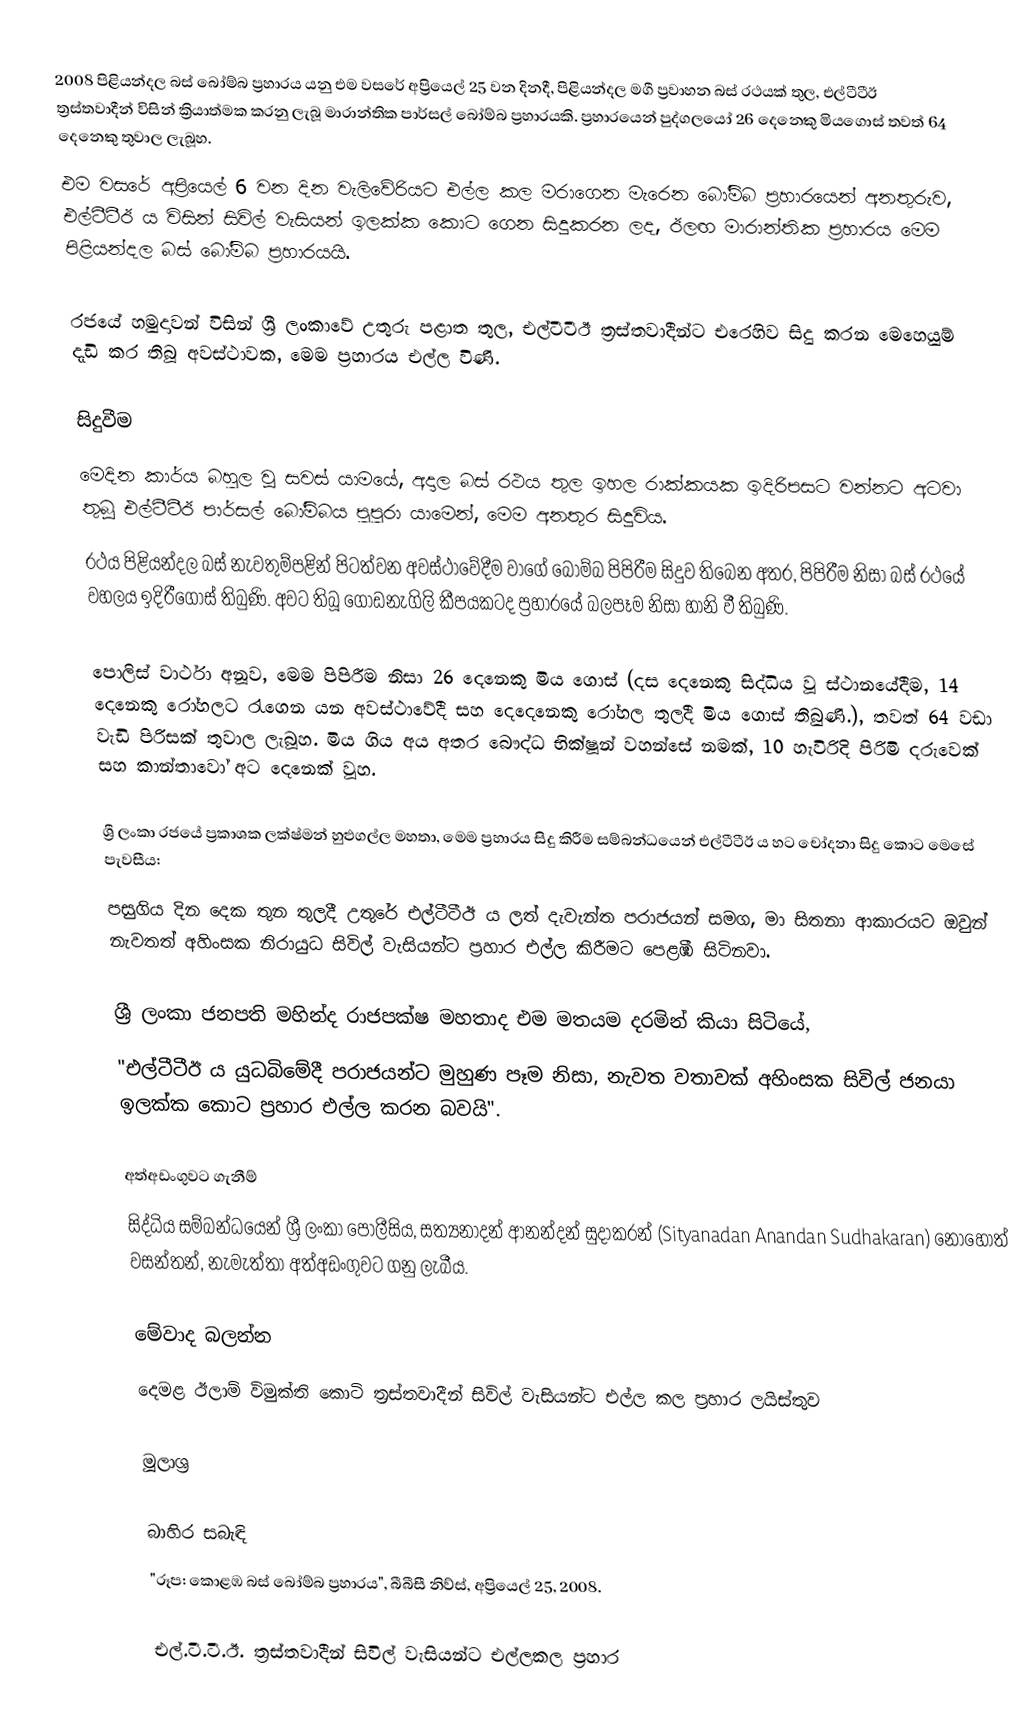
2008 පිළියන්දල බස් බෝම්බ ප්‍රහාරය යනු එම වසරේ අප්‍රියෙල් 25 වන දිනදී, පිළියන්දල මගී ප්‍රවාහන බස් රථයක් තුල, එල්ටීටීඊ ත්‍රස්තවාදීන් විසින් ක්‍රියාත්මක කරනු ලැබූ මාරාන්තික පාර්සල් බෝම්බ ප්‍රහාරයකි. ප්‍රහාරයෙන් පුද්ගලයෝ 26 දෙනෙකු මියගොස් තවත් 64 දෙනෙකු තුවාල ලැබූහ.
එම වසරේ අප්‍රියෙල් 6 වන දින වැලිවේරියට එල්ල කල මරාගෙන මැරෙන බෝම්බ ප්‍රහාරයෙන් අනතුරුව, එල්ටීටීඊ ය විසින් සිවිල් වැසියන් ඉලක්ක කොට ගෙන සිදුකරන ලද, ඊලඟ මාරාන්තික ප්‍රහාරය මෙම පිළියන්දල බස් බෝම්බ ප්‍රහාරයයි.

රජයේ හමුදාවන් විසින් ශ්‍රී ලංකාවේ උතුරු පළාත තුල, එල්ටීටීඊ ත්‍රස්තවාදීන්ට එරෙහිව සිදු කරන මෙහෙයුම් දැඩි කර තිබූ අවස්ථාවක, මෙම ප්‍රහාරය එල්ල විණි.

සිදුවීම
මෙදින කාර්ය බහුල වූ සවස් යාමයේ, අදාල බස් රථය තුල ඉහල රාක්කයක ඉදිරිපසට වන්නට අටවා තුබූ එල්ටීටීඊ පාර්සල් බෝම්බය පුපුරා යාමෙන්, මෙම අනතුර සිදුවිය.
රථය පිළියන්දල බස් නැවතුම්පළින් පිටත්වන අවස්ථාවේදීම වාගේ බෝම්බ පිපිරීම සිදුව තිබෙන අතර, පිපිරීම නිසා බස් රථයේ වහලය ඉදිරීගොස් තිබුණි. අවට තිබූ ගොඩනැගිලි කීපයකටද ප්‍රහාරයේ බලපෑම නිසා හානි වී තිබුණි.

පොලිස් වාර්ථා අනූව, මෙම පිපිරීම නිසා 26 දෙනෙකු මිය ගොස් (දස දෙනෙකු සිද්ධිය වූ ස්ථානයේදීම, 14 දෙනෙකු රෝහලට රැගෙන යන අවස්ථාවේදී සහ දෙදෙනෙකු රෝහල තුලදී මිය ගොස් තිබුණි.), තවත් 64 වඩා වැඩි පිරිසක් තුවාල ලැබූහ. මිය ගිය අය අතර බෞද්ධ භික්ෂූන් වහන්සේ නමක්, 10 හැවිරිදි පිරිමි දරුවෙක් සහ කාන්තාවෝ අට දෙනෙක් වූහ.

ශ්‍රී ලංකා රජයේ ප්‍රකාශක ලක්ෂ්මන් හුළුගල්ල මහතා, මෙම ප්‍රහාරය සිදු කිරීම සම්බන්ධයෙන් එල්ටීටීඊ ය හට චෝදනා සිදු කොට මෙසේ පැවසීය:
පසුගිය දින දෙක තුන තුලදී උතුරේ එල්ටීටීඊ ය ලත් දැවැන්ත පරාජයන් සමග, මා සිතනා ආකාරයට ඔවුන් නැවතත් අහිංසක නිරායුධ සිවිල් වැසියන්ට ප්‍රහාර එල්ල කිරීමට පෙළඹී සිටිනවා.

ශ්‍රී ලංකා ජනපති මහින්ද රාජපක්ෂ මහතාද එම මතයම දරමින් කියා සිටියේ,
"එල්ටීටීඊ ය යුධබිමේදී පරාජයන්ට මුහුණ පෑම නිසා, නැවත වතාවක් අහිංසක සිවිල් ජනයා ඉලක්ක කොට ප්‍රහාර එල්ල කරන බවයි".

අත්අඩංගුවට ගැනීම්
සිද්ධිය සම්බන්ධයෙන් ශ්‍රී ලංකා පොලීසිය, සත්‍යනාදන් ආනන්දන් සුදාකරන් (Sityanadan Anandan Sudhakaran) නොහොත් වසන්තන්, නැමැත්තා අත්අඩංගුවට ගනු ලැබීය.

මේවාද බලන්න
 දෙමළ ඊලාම් විමුක්ති කොටි ත්‍රස්තවාදීන් සිවිල් වැසියන්ට එල්ල කල ප්‍රහාර ලයිස්තුව

මූලාශ්‍ර

බාහිර සබැඳි
 "රූප: කොළඹ බස් බෝම්බ ප්‍රහාරය", බීබීසී නිව්ස්, අප්‍රියෙල් 25, 2008.

එල්.ටී.ටී.ඊ. ත්‍රස්තවාදීන් සිවිල් වැසියන්ට එල්ලකල ප්‍රහාර